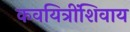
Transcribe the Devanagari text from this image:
कवयित्रींशिवाय